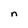
Character: n